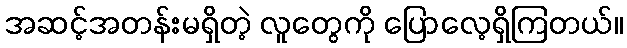
အဆင့်အတန်းမရှိတဲ့ လူတွေကို ပြောလေ့ရှိကြတယ်။